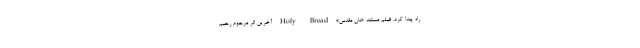
راه پیدا کرد. فیلم مستند «نان مقدس» Holy Bread آخرین اثر مرحوم رحیم